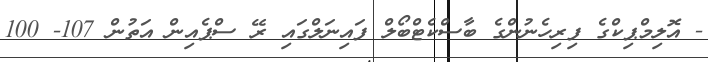
- އޮލިމްޕިކްގެ ފިރިހެނުންގެ ބާސްކެޓްބޯލް ފައިނަލްގައި ރޭ ސްޕެއިން އަތުން 107- 100